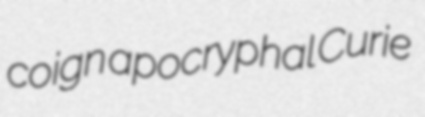
coign apocryphal Curie